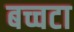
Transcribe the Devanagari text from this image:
बच्चटा